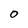
Character: O